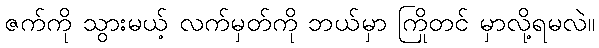
ဇက်ကို သွားမယ့် လက်မှတ်ကို ဘယ်မှာ ကြိုတင် မှာလို့ရမလဲ။